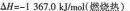
$$△ H = - I 3 6 7 . 0 k J / m o l$$(燃烧热)